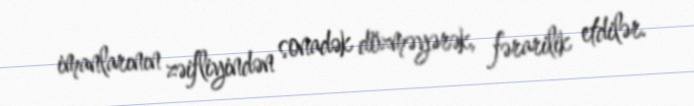
imanlarının zəifliyindən sonadək dözməyərək, fərarilik etdilər.